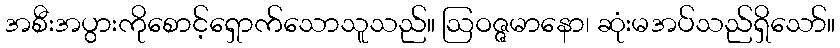
အစီးအပွားကိုစောင့်ရှောက်သောသူသည်။ ဩဝဇ္ဇမာနော၊ ဆုံးမအပ်သည်ရှိသော်။